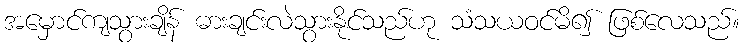
အမှောင်ကျသွားချိန် ဓားချင်းလဲသွားနိုင်သည်ဟု သံသယဝင်မိ၍ ဖြစ်လေသည်။